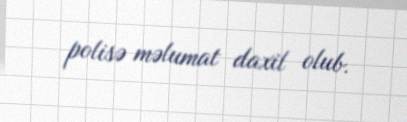
polisə məlumat daxil olub.